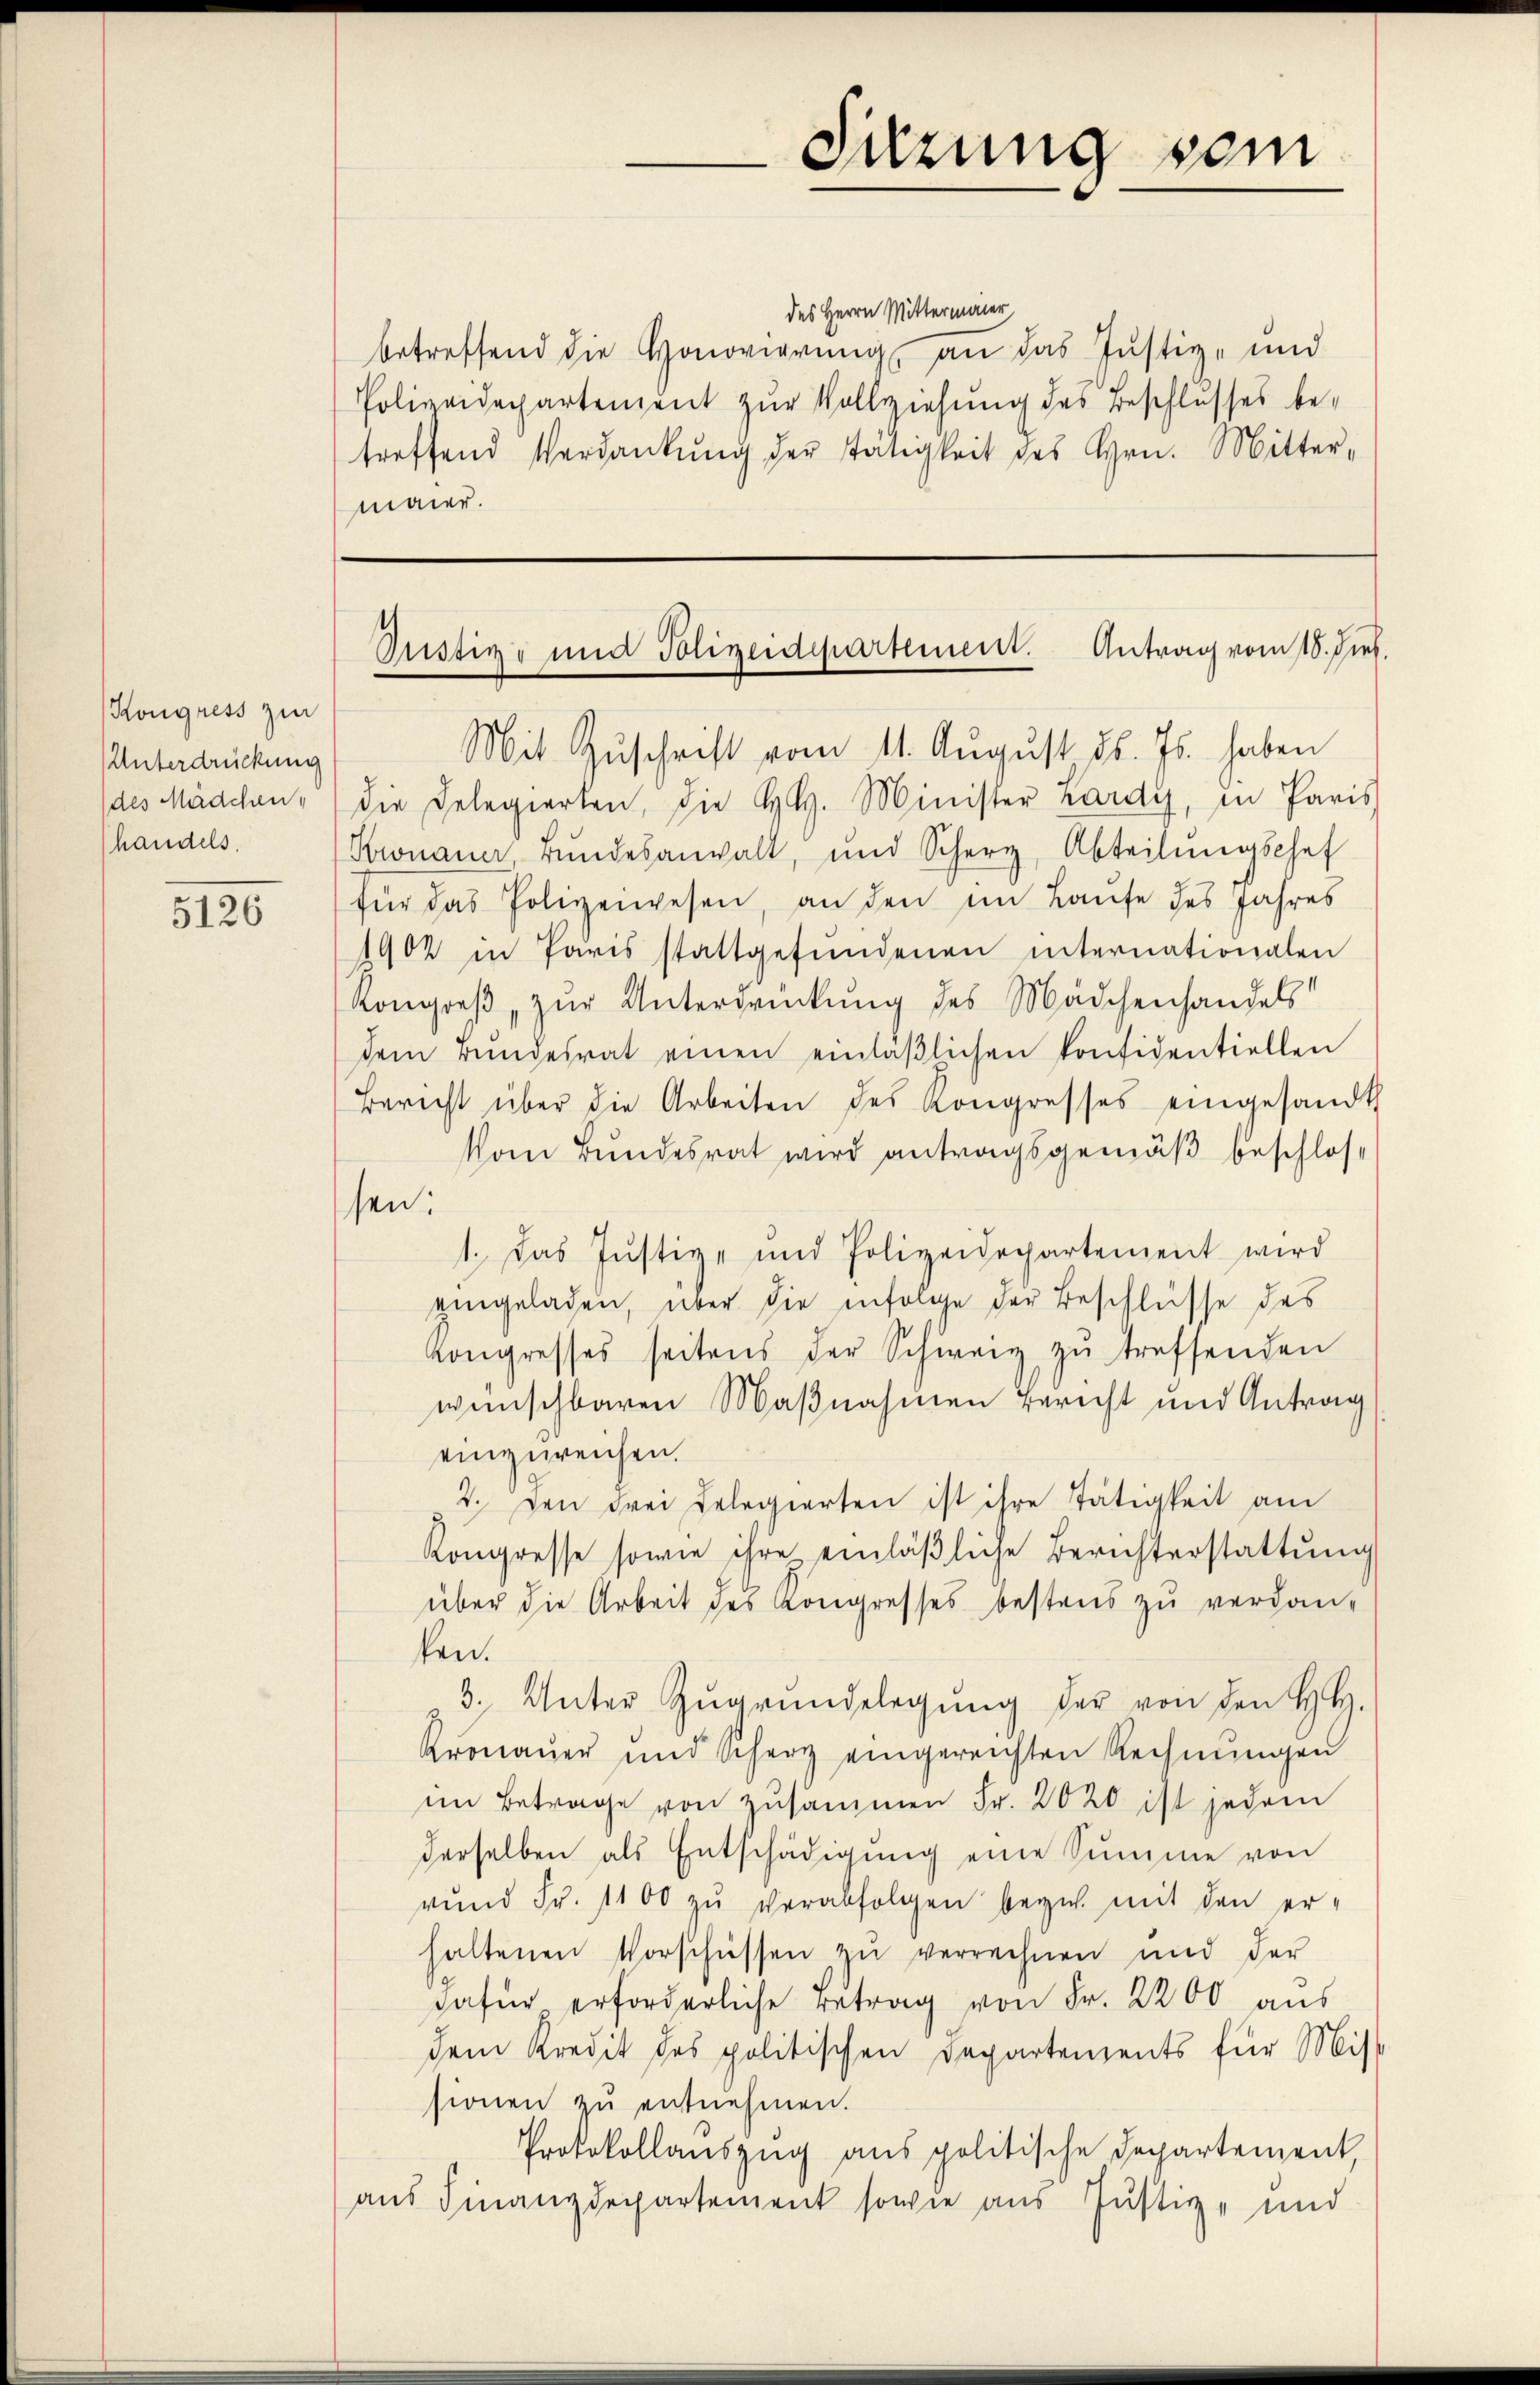
Kongress zur
Unterdrückung
(des Mädchen,
handels.

5126

des Herrn Mittermaier
betreffend die Honorierung, an das Justiz- und
Polizeidepartement zŭr Vollziehung des Beschlusses be-
treffend Verdankŭng der stätigkeit des Hrn. Mitter-
maier.

Sitzung vom

Justiz- und Polizeidepartement. Antrag vom 18. dies

Mit Zuschrift vom 11. August d. Js. haben
die Delegierten, die H.H. Minister Lardy, in Paris
Kronauer, Bŭndesanwalt, und Scherz, Abteilŭngschaf
für das Polizeiwesen, an den im Laufe des Jahres
1902 in Paris stattgefundenen internationalen
Kongreß, zur Unterdrückung des Mädchenhandels
dem Bŭndesrat einen einläβlichen Konfidentiellen
Bericht über die Arbeiten des Kongresses eingesandt
Vom Bundesrat wird antragsgemäß beschlossen:
1. Das Justiz- und Polizeidepartement wird
eingeladen, über die infolge der Beschlüsse des
Kongresses seitens der Schweiz zŭ treffenden
wünschbaren Maßnahmen Bericht und Antrag
einzureichen.
2. Den drei Gelegierten ist ihre Tätigkeit am
Kongresse sowie ihre einläβliche Berichterstattung
über die Arbeit des Kongresses bestens zu verdan-
ken.
3. Unter Zŭgründelegŭng der von den HH.
Kronauer und Scherz eingereichten Rechnŭngen
im Betrage von zusammen Fr. 2020 ist jedem
derselben als Entschädigŭng eine Summe von
vund Fr. 1100 zŭ verabfolgen bey mit den er-
haltenen Vorschüssen zu verrechnen und der
dafür erforderliche Betrag von Fr. 2200 aus
dem Kredit des politischen Departements für Miss
sionen zu entnehmen.
Protokollauszug aus politische Departement
aus Finanzdepartement sowie aus Justiz- und